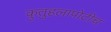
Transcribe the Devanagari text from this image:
कुतुहलापोटीच